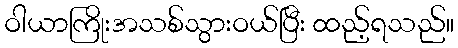
ဝါယာကြိုးအသစ်သွားဝယ်ပြီး ထည့်ရသည်။